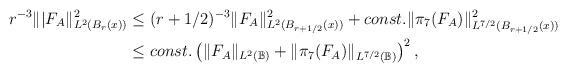
LaTeX: \begin{align*}r^{-3}\||F_A\|^2_{L^2(B_r(x))} & \leq (r+1/2)^{-3} \| F_A\|^2_{L^2(B_{r+1/2}(x))} + const. \|\pi_7(F_A)\|^2_{L^{7/2}(B_{r+1/2}(x))} \\& \leq const. \left( \| F_A\|_{L^2(\mathbb{B})} + \|\pi_7(F_A)\|_{L^{7/2}(\mathbb{B})} \right)^2, \end{align*}